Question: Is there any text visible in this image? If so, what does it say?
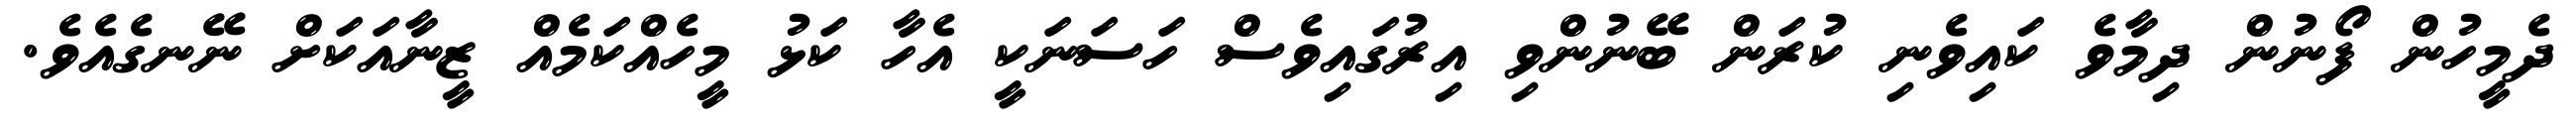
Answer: ދެމީހުން ފޯނުން ދިމާވެ ކައިވެނި ކުރަން ބޭނުންވި އިރުގައިވެސް ހަސަނަކީ އެހާ ކަޅު މީހެއްކަމެއް ޒީނާއަކަށް ނޭނގެއެވެ.